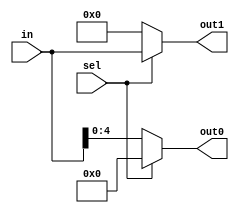
module demux2to1 (
    input [31:0] in,
    input sel,
    output [4:0] out0,
    output [31:0] out1
);
    assign out0 = sel ? 32'b0 : in[4:0];
    assign out1 = sel ? in : 32'b0; 
endmodule